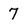
Character: 7